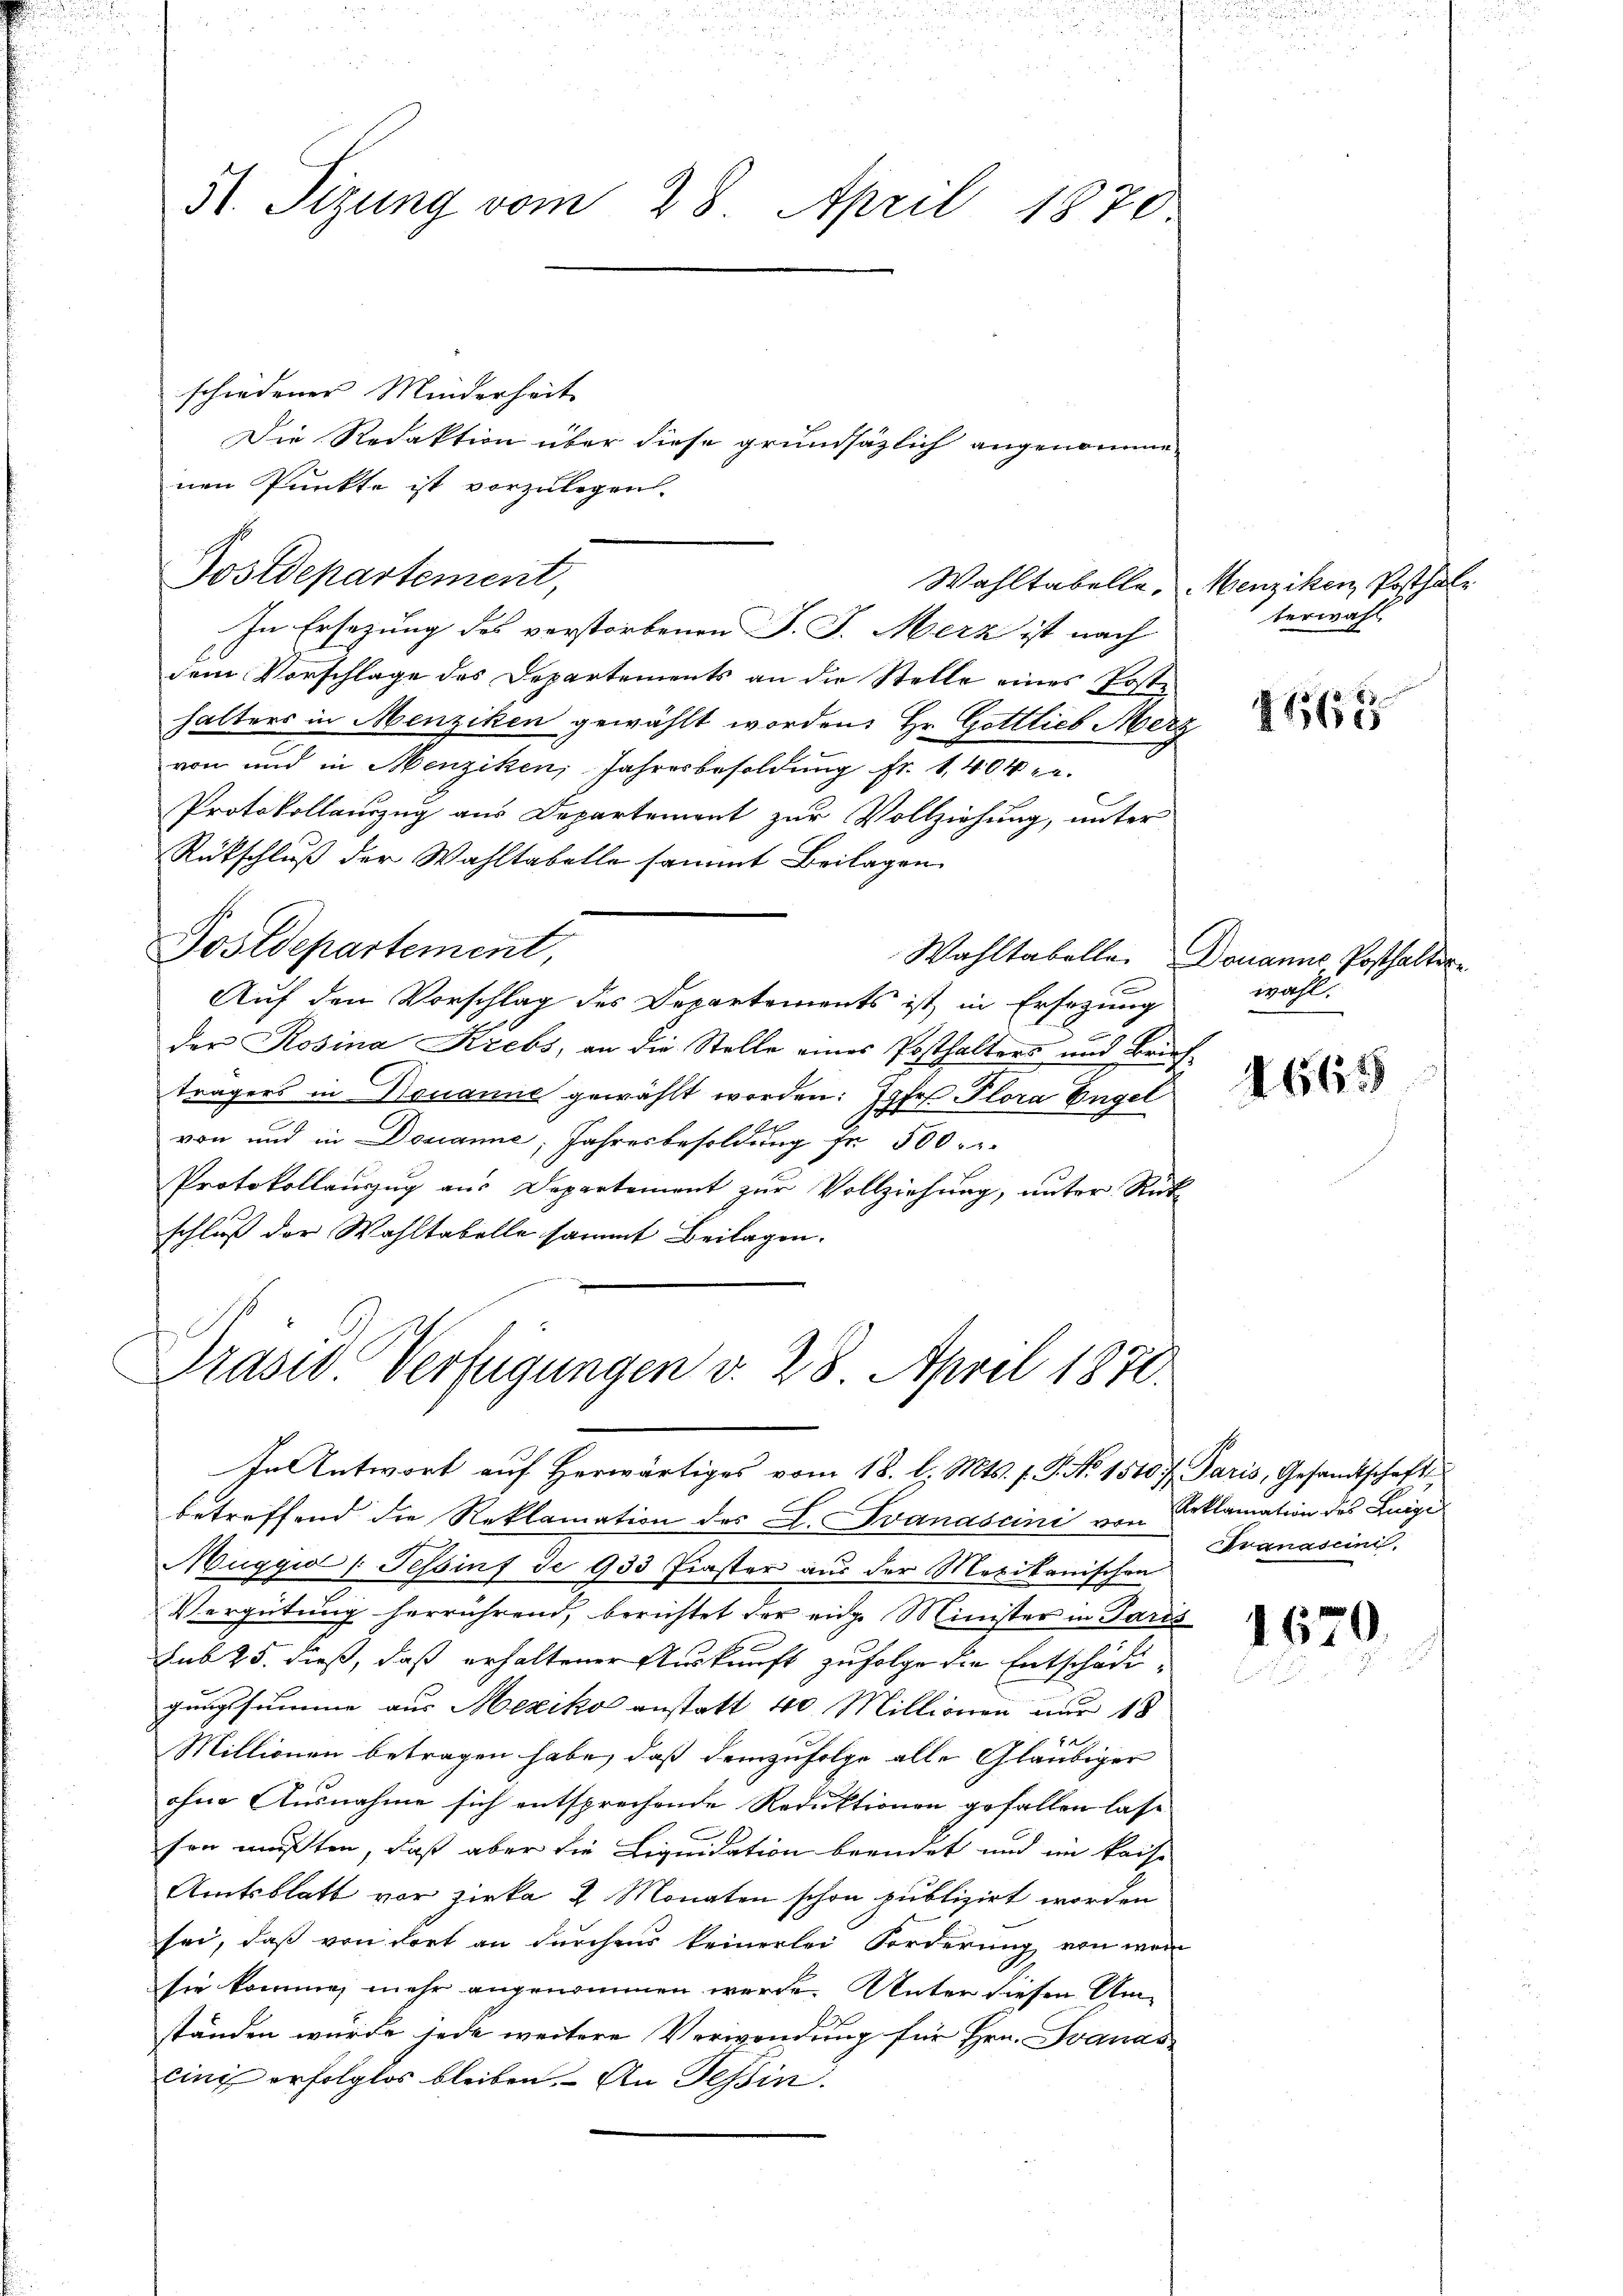
51. Sizung vom 28. April 1870

schiedener Minderheit
nen Punkte ist vorzulegen.
In Ersezung des verstorbenen J. J. Merz ist nach
dem Vorschlage des Departements an die Stelle eines Poste
halters in Menziken gewählt worden. Hr. Gottlieb Merz
von und in Menziken, Jahresbesoldung Fr. 1,404 u.
Protokollauszug aus Departement zur Vollziehung, unter
Rütschluß der Wahltabelle sammt Beilagen
Postdepartement,
Wahltabelle. Domanns Posthalter
Auf den Vorschlag des Departements ist in Ersezung
a
der Rosina Krebs, an die Stelle eines Posthalters und Briefträgers in Bonanne gewählt worden: Jgfr. Flora Engel
von und in Douanne, Jahresbesoldung fr. 500.
Protokollauszug aus Departement zur Vollziehung, unter Rück
schluß der Wahltabelle sammt Beilagen.

Postdepartement,

Die Redaktion über diese grundsäzlich angenomme-

Wahltabelle.

Prasid Verfügungen v. 28. April 1871.

In Antwort auf herwärtiges vom 18. l. Mts. f. P. No. 1510 f. Paris, Gesandtschaft
betreffend die Reklamation des L. Ivanascini von Reklamation des Luigi
Muggia (Tessinf Je 933 Fiaster aus der Maxikanischen
Vergütung herrührend, berichtet der eige Minister in Paris
sub 25. dieß, daß erhaltener Auskunft zufolge die Entschädigungssumme aus Mexiko anstatt 40 Millionen nur 18
Millionen betragen habe, daß demzufolge alle Gläubiger
ohne Ausnahme sich entsprechende Reduktionen gefallen lass
sen mußten, daß aber die Liquidation beendet und im Kaise
Amtsblatt vor Zirka 2 Monaten schon publizirt worden
sei, daß von dort an durchens keinerlei Forderung von wen
sie kommen mehr angenommen werde. Unter diesen Amständen wurde jede weitere Verwendung für Hrn. Svawas
cini erfolglos bleiben. An Tessin

Menziken, Posthale
terwahl

4665

wahl.

1665

1670

Granascini.